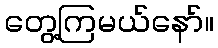
တွေ့ကြမယ်နော်။